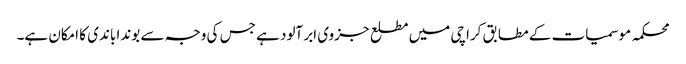
محکمہ موسمیات کے مطابق کراچی میں مطلع جزوی ابر آلود ہے جس کی وجہ سے بوندا باندی کا امکان ہے۔